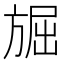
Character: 𭤾